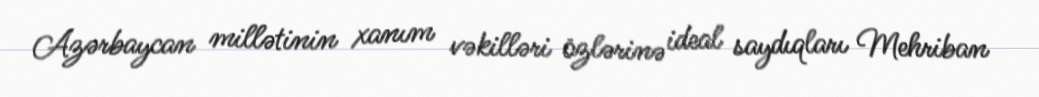
Azərbaycan millətinin xanım vəkilləri özlərinə ideal saydıqları Mehriban